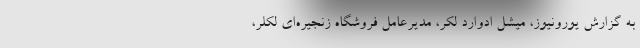
به گزارش یورونیوز، میشل ادوارد لکر، مدیرعامل فروشگاه زنجیره‌ای لکلر،